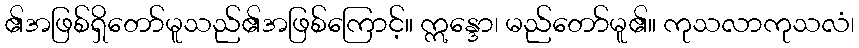
၏အဖြစ်ရှိတော်မူသည်၏အဖြစ်ကြောင့်။ ဣန္ဒော၊ မည်တော်မူ၏။ ကုသလာကုသလံ၊